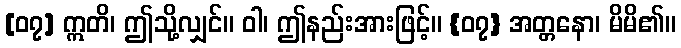
[၀၇] ဣတိ၊ ဤသို့လျှင်။ ဝါ၊ ဤနည်းအားဖြင့်။ {၀၇} အတ္တနော၊ မိမိ၏။